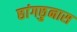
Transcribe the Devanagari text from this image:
छांगछुनास